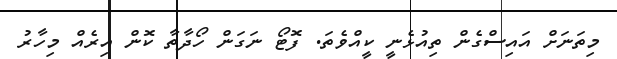
މިތަނަށް އައިސްގެން ތިއުޅެނީ ކީއްވެތަ. ފޮޓޯ ނަގަން ހޯދާތާ ކޮން އިރެއް މިހާރު